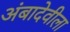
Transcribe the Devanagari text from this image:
अंबादेवीला